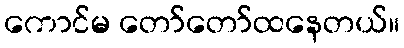
ကောင်မ တော်တော်ထနေတယ်။